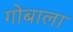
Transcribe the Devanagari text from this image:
गोबाला